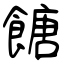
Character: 餹